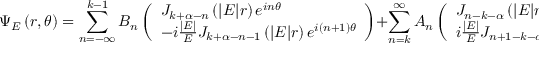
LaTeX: \Psi _ { E } \left( r , \theta \right) = \sum _ { n = - \infty } ^ { k - 1 } B _ { n } \left( \begin{array} { l } { { J _ { k + \alpha - n } \left( | E | r \right) e ^ { i n \theta } } } \\ { { - i \frac { | E | } { E } J _ { k + \alpha - n - 1 } \left( | E | r \right) e ^ { i \left( n + 1 \right) \theta } } } \end{array} \right) + \sum _ { n = k } ^ { \infty } A _ { n } \left( \begin{array} { l } { { J _ { n - k - \alpha } \left( | E | r \right) e ^ { i n \theta } } } \\ { { i \frac { | E | } { E } J _ { n + 1 - k - \alpha } \left( | E | r \right) e ^ { i \left( n + 1 \right) \theta } } } \end{array} \right)